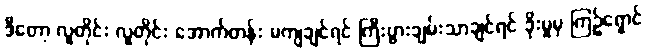
ဒီတော့ လူတိုင်း လူတိုင်း အောက်တန်း မကျချင်ရင် ကြီးပွားချမ်းသာချင်ရင် ခိုးမှုမှ ကြဉ်ရှောင်